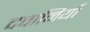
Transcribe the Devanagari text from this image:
दवानियाँ